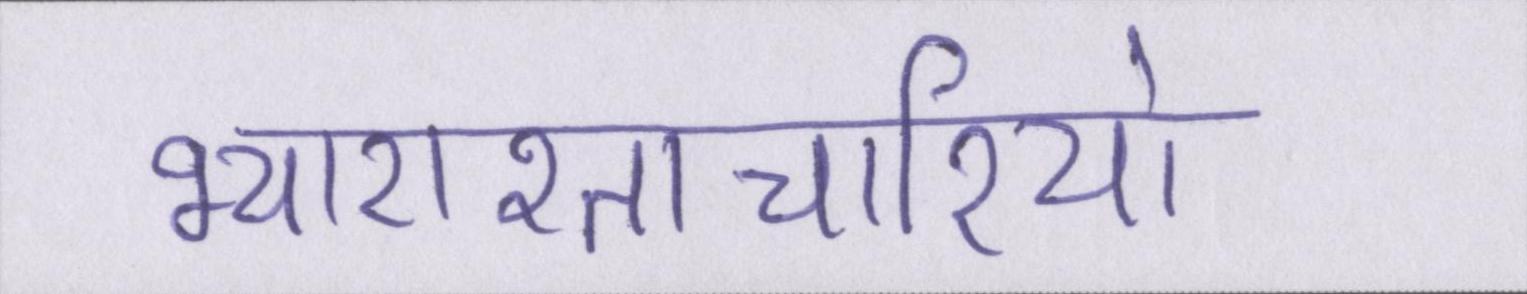
भ्याराश्ताचारियो